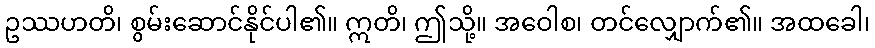
ဥဿဟတိ၊ စွမ်းဆောင်နိုင်ပါ၏။ ဣတိ၊ ဤသို့။ အဝေါစ၊ တင်လျှောက်၏။ အထခေါ၊